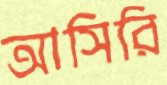
আসিরি